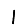
Digit: 1